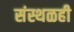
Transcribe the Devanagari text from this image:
संस्थळही